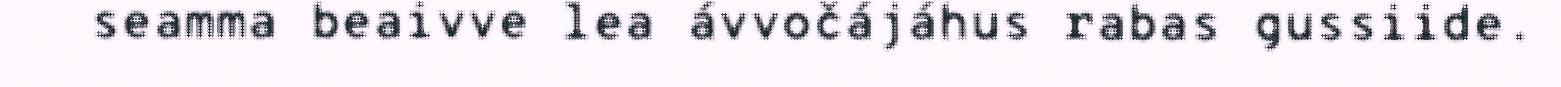
seamma beaivve lea ávvočájáhus rabas gussiide.